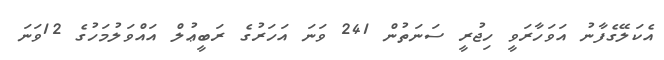
އެކަލޭގެފާނު އަވަހާރަވީ ހިޖުރީ ސަނަތުން 241 ވަނަ އަހަރުގެ ރަބީޢުލް އައްވަލުމަހުގެ 12ވަނަ